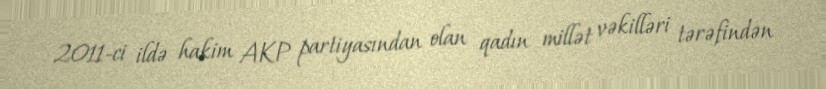
2011-ci ildə hakim AKP partiyasından olan qadın millət vəkilləri tərəfindən